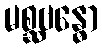
မစ္ဆဗန္ဓော